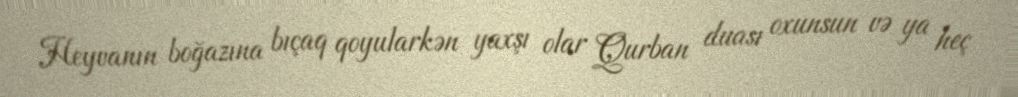
Heyvanın boğazına bıçaq qoyularkən yaxşı olar Qurban duası oxunsun və ya heç